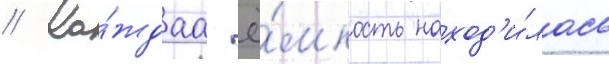
// Ка́ждаа ё́мкость наход'и́лась